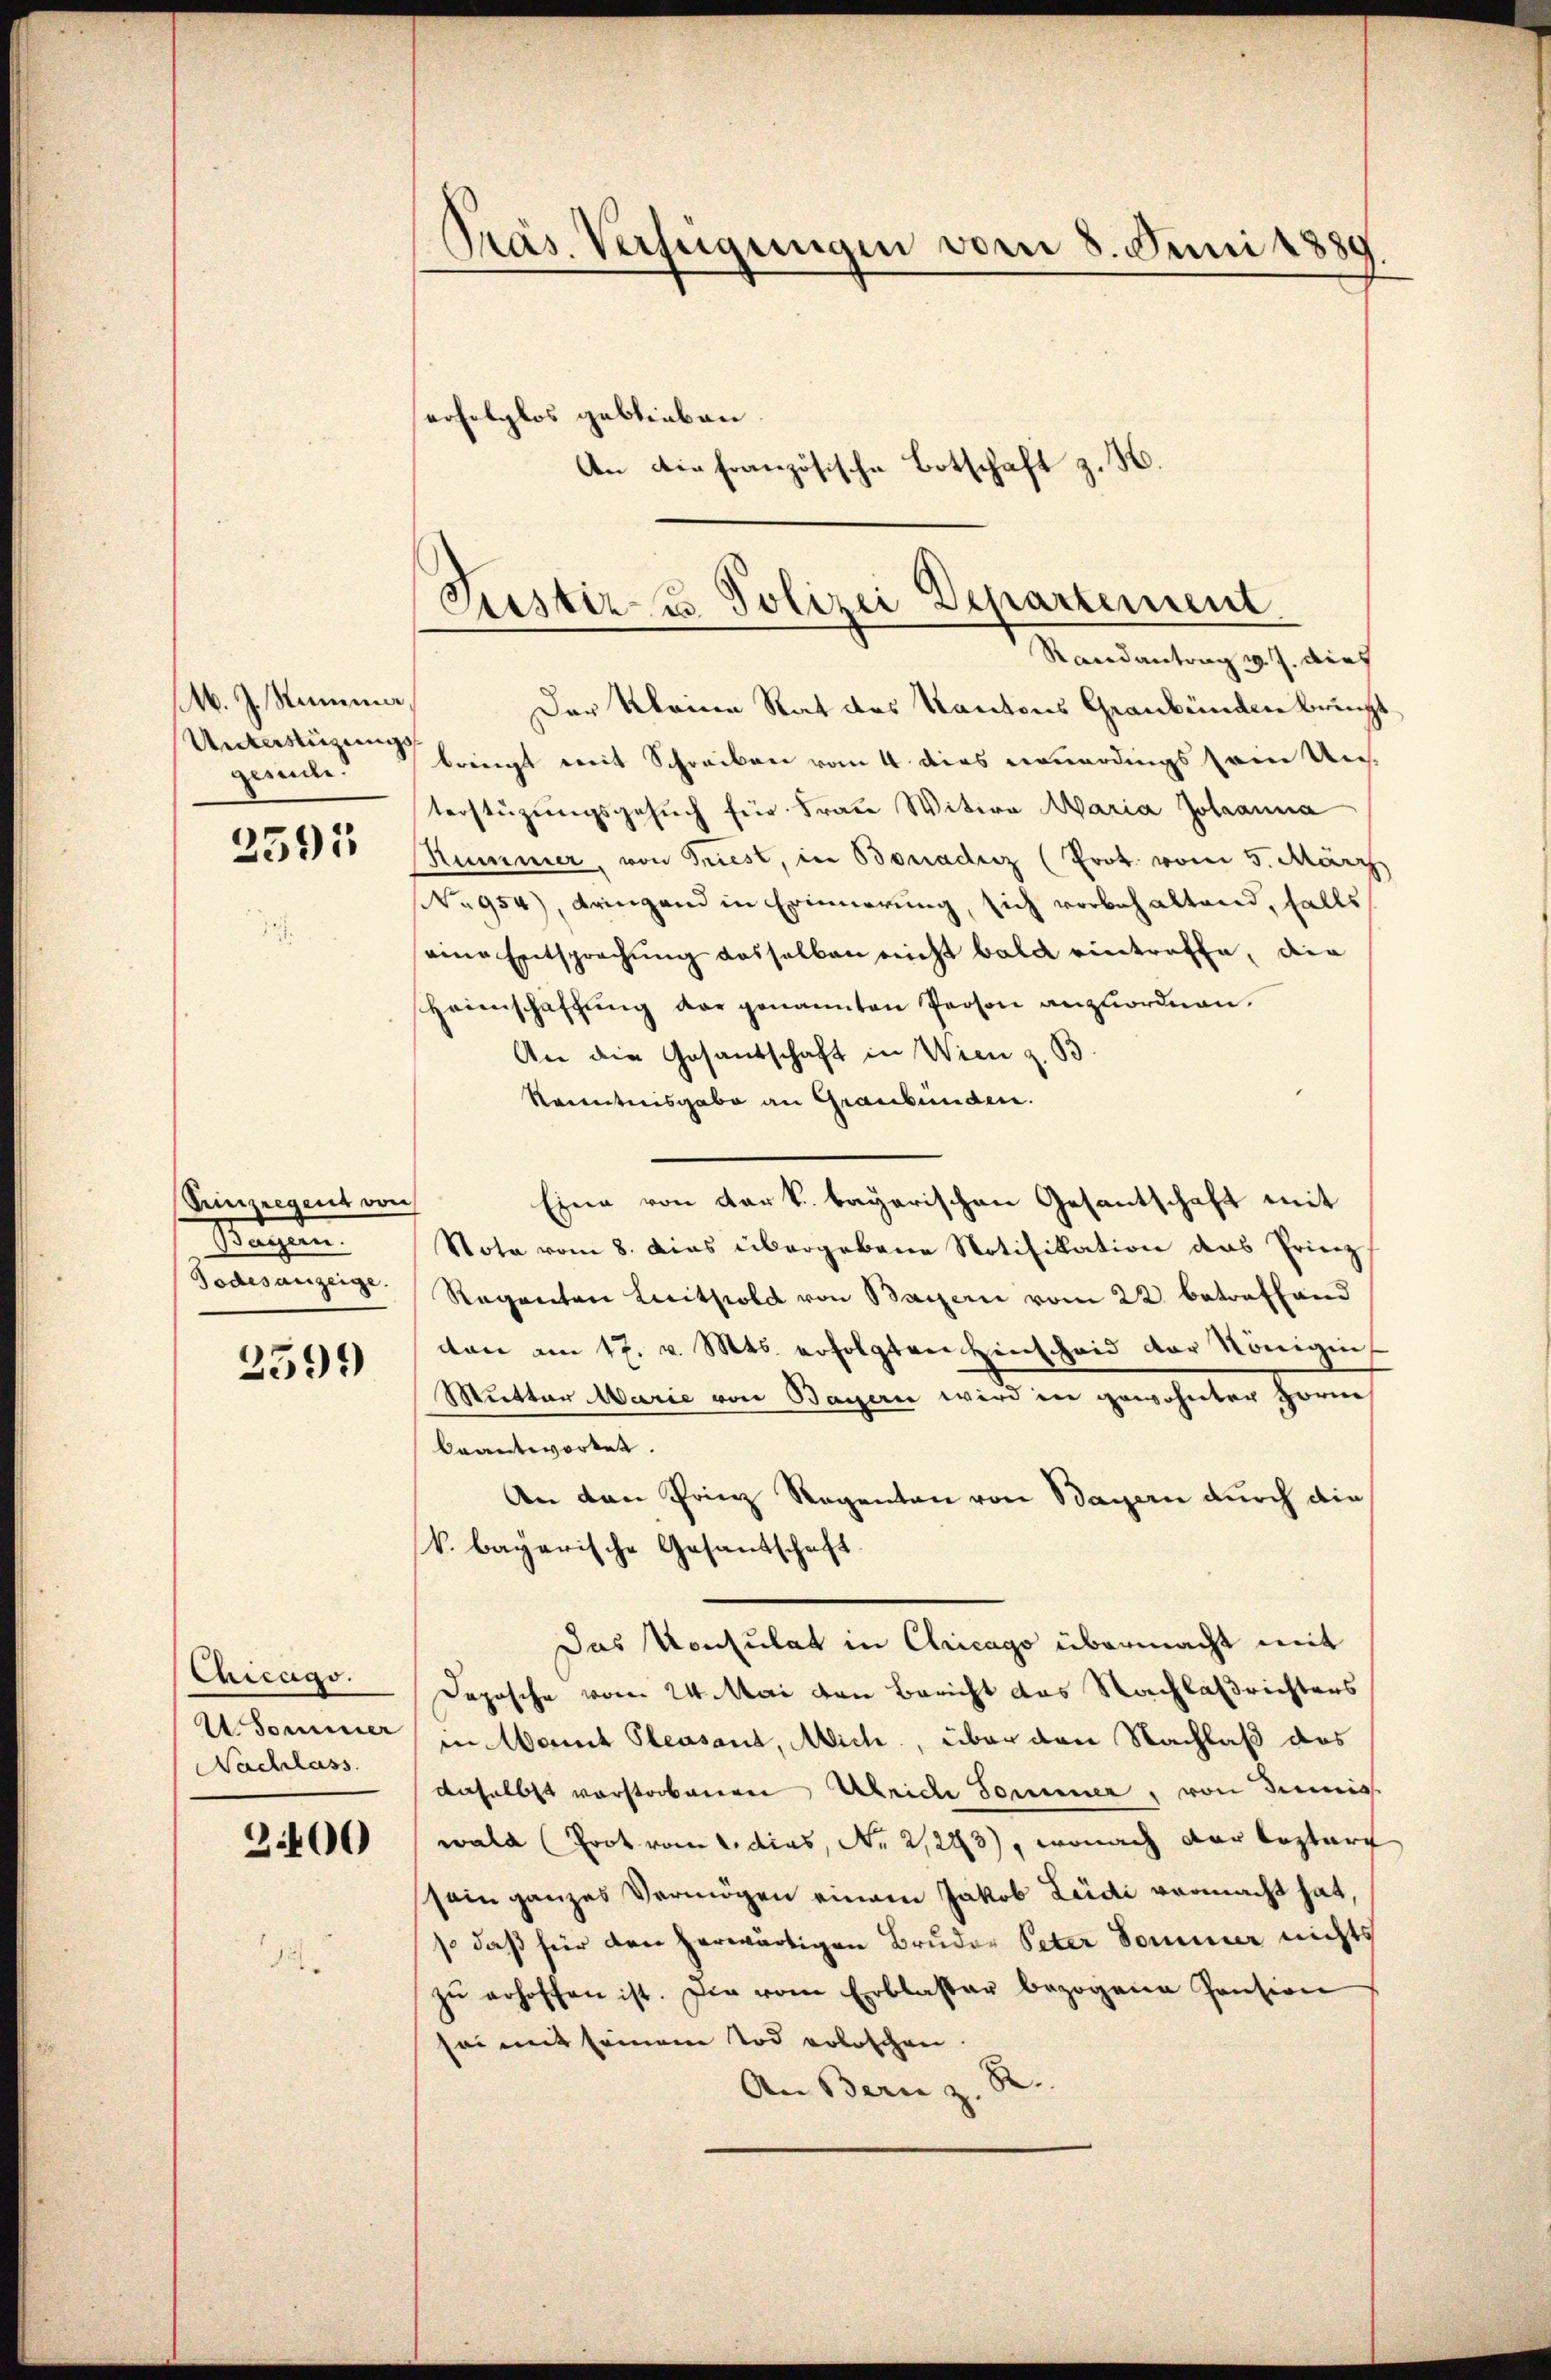
M. J. Stumme,
Unterstirungs
gesuche.

2591

Seinzeigent von
Ragen
Todesanzeige.

2599)

Chicago.
U Sommer
Nachlass

3400

Präs. Verfügungen vom 8. Juni 1889
erfolglos geblieben.
An die französische Botschaft z. H.

Justiz- u Polizei Departement

Randantrag v. J. dief
Der Kleine Rat des Kantons Graubünden brucht
bringt mit Schreiben vom 4. dies neuerdings Erine Un-
terstüzungsgesŭch für Frau Witwe Maria Johanna
Kummer, von Triest, in Bonadenz (Prot. vom 5. März
No 954), dringend in Erinnerung, sich vorbehaltend, falls
eine Entsprechung desselben nicht bald eintreffe, die
Heimschaffung der genannten Person anzuordnen.
An die Gesandschaft in Wien z. B.
Renntnisgabe an Graubünden.
Eine von der k. bayerischen Gesantschaft mit
Nota vom 8. dies übergebene Notifikation das Prinz
Regenten Leithold von Baiern vom 22. betreffend
con am 17. v. Mts. erfolgten Hinscheid der Königin
Mutter Marie von Bayern wird in gewohnter Horn
beantwortet.
An den Prinz Regenten von Bayern durch die
k. bayerische Gesandschaft
Das Konsulat in Chicago übermacht mit
Deposche vom 24. Mai den Bericht das Nachlaßrichters
in Wamit Plessant, Mich, über den Nachlaß das
daselbst vorstorbenen Ulriche Sonner, von demis
wald (Prot vom 1. dies, Nr. 2,243), wonach der leztere
sein ganzes Vermögen einem Jakob Leidi vermacht hat,
so daß für den herwärtigen Bruder Peter Sommer nichts
zŭ erhoffen ist. Die vom Erblasser bezogene Pension
sei mit seinem Tod erloschen.
An Bern z. B.